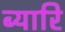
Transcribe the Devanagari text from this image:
ब्यारि